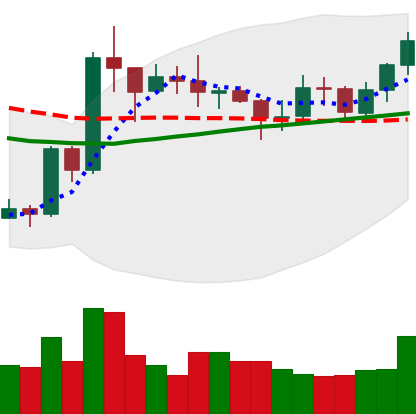
Ticker: XRP-USD
Chart end date: 2020-07-23
Forward return: 10.935%
Label: up_7plus